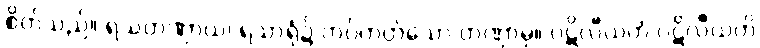
စိတ်သည်။ ရသတဏှာယ၊ ရသာရုံ၌ တပ်တတ်သော တဏှာမှ။ ပဋိလီယတံ ပဋိလီယတိ